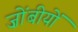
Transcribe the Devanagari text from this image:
ज़ोंबीयों